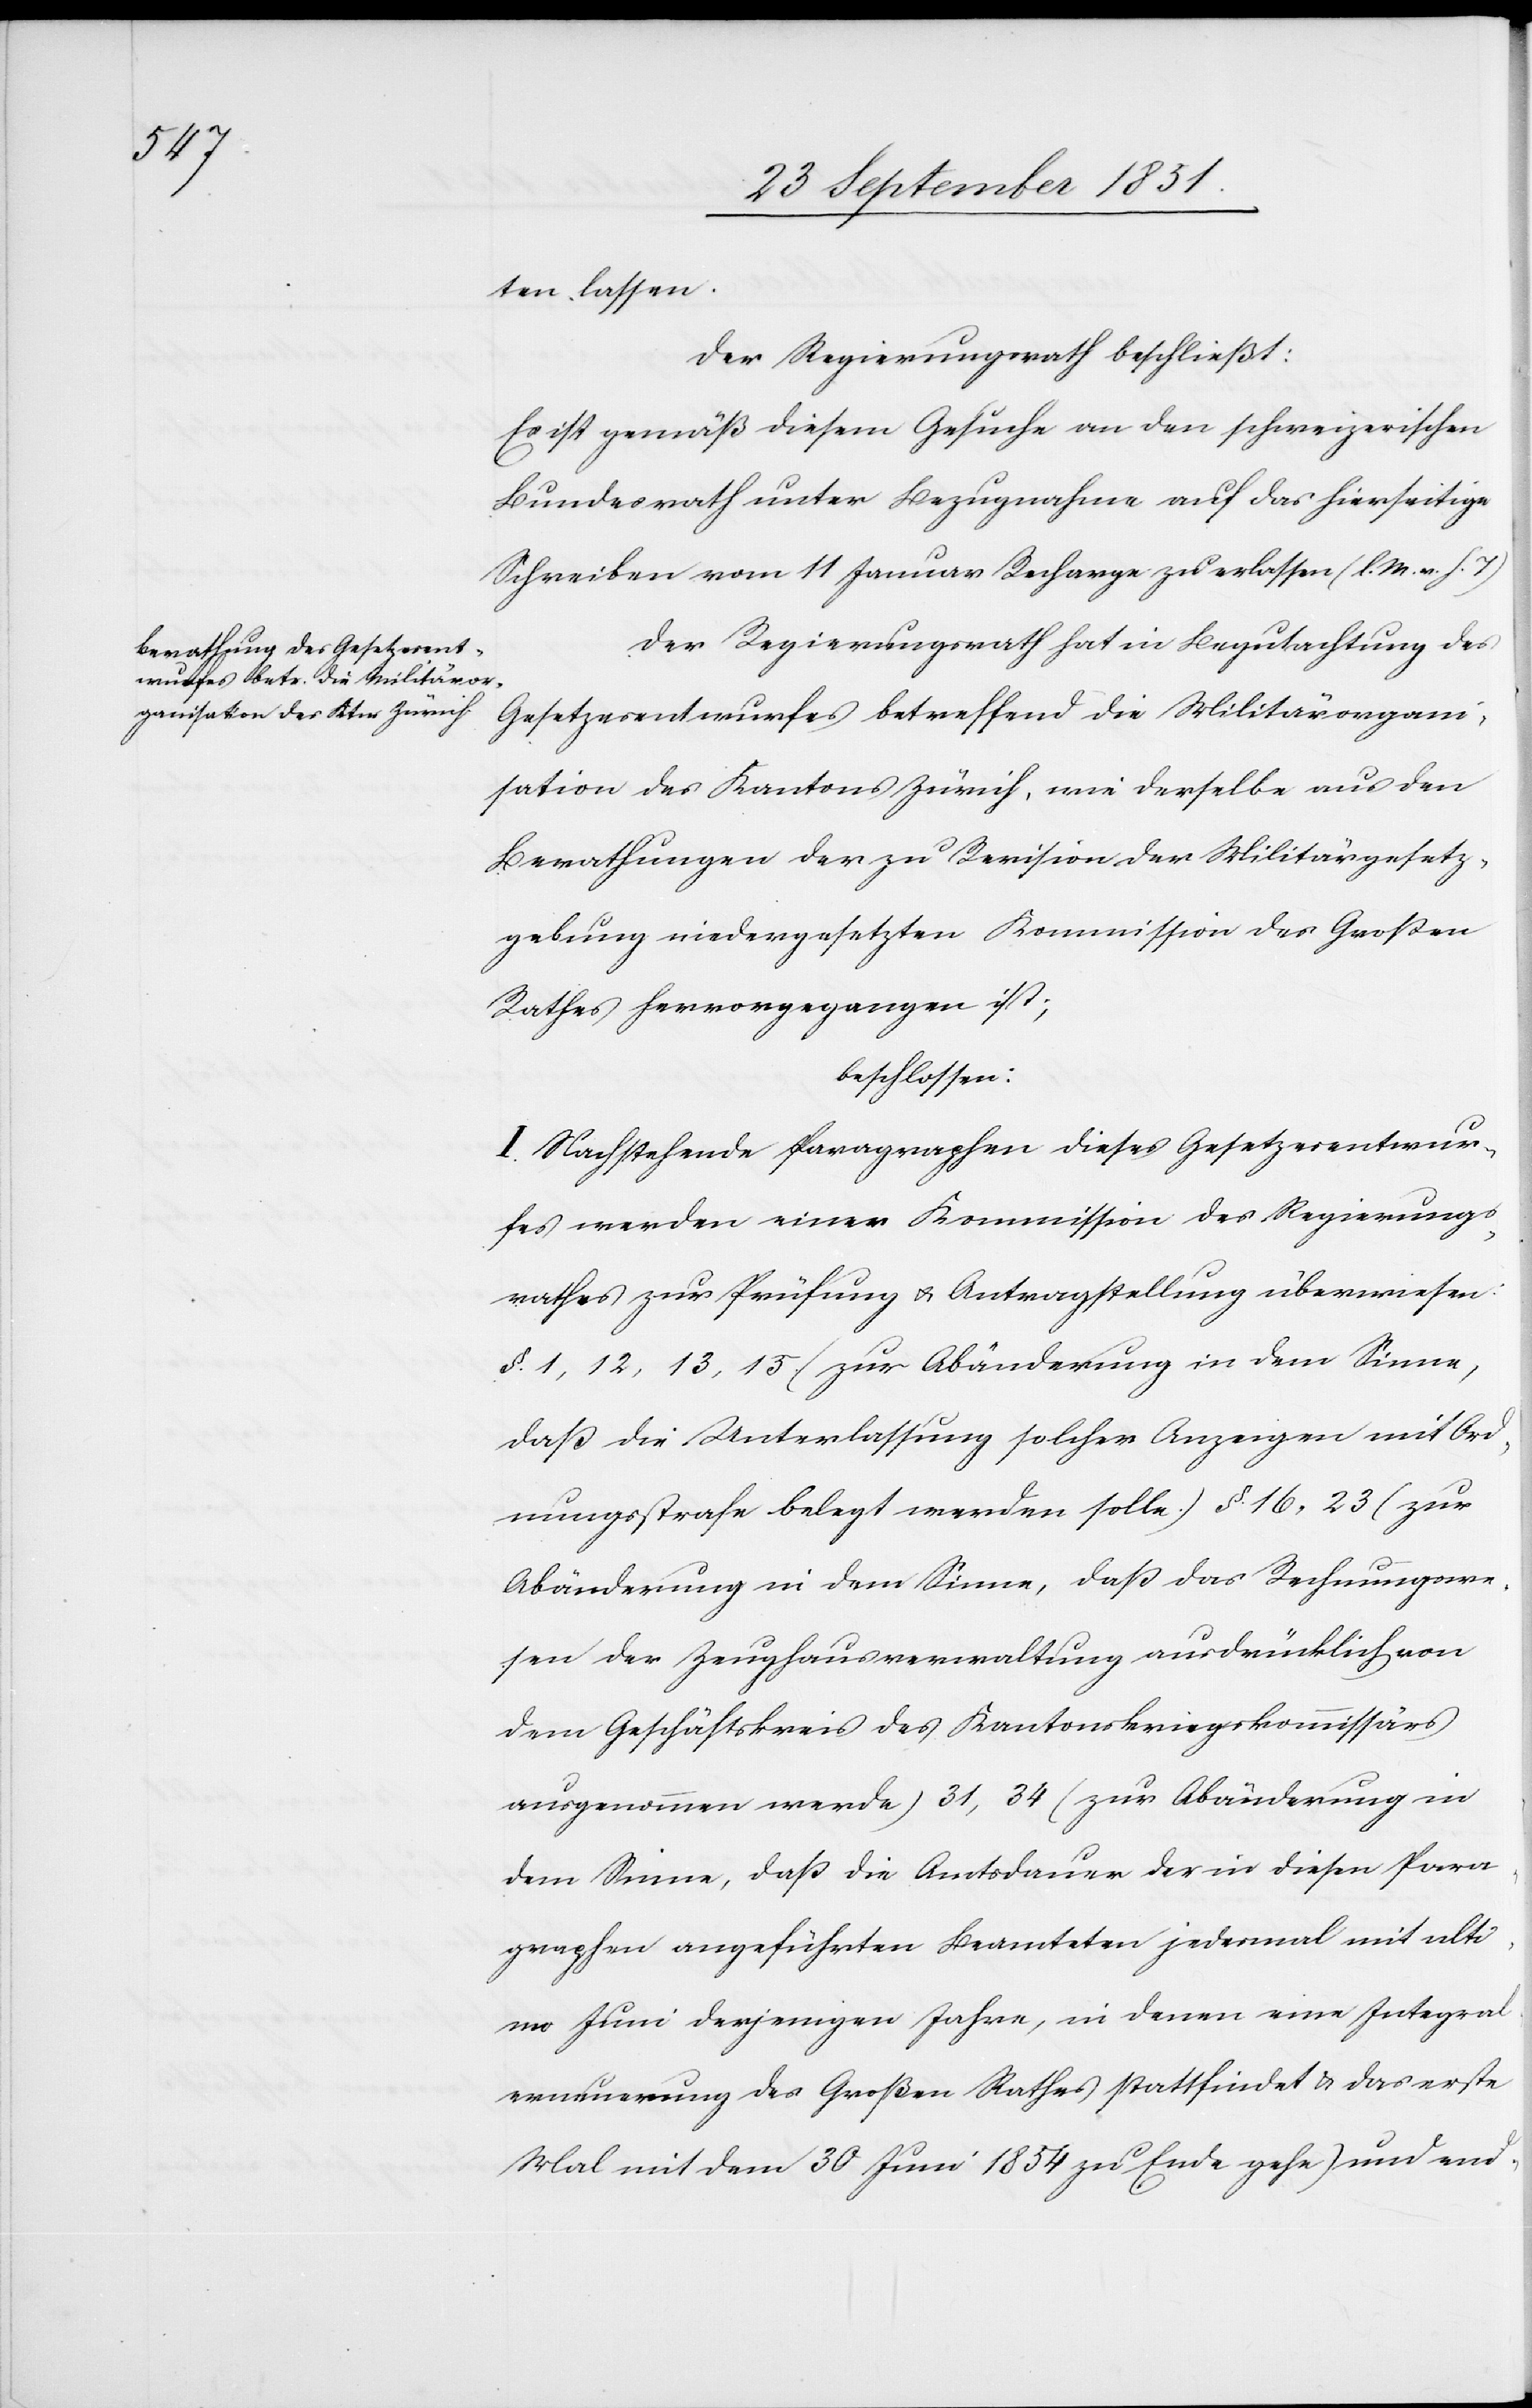
ten lassen.
Der Regierungsrath beschließt:
Es ist gemäß diesem Gesuche an den schweizerischen
Bundesrath unter Bezugnahme auf das hierseitige
Schreiben vom 11 Januar Recharge zu erlassen (l. M. v. h. T)
Der Regierungsrath hat in Begutachtung des
Gesetzesentwurfes betreffend die Militärorgan¬
isation des Kantons Zürich, wie derselbe aus den
Berathungen der zu Revision der Militärgesetz¬
gebung niedergesetzten Kommission des Großen
Rathes hervorgegangen ist;
beschlossen:
I. Nachstehende Paragraphen dieses Gesetzesentwur¬
fes werden einer Kommission des Regierungs¬
rathes zur Prüfung & Antragstellung überwiesen:
§. 1, 12, 13, 15. (zur Abänderung in dem Sinne,
daß die Unterlassung solcher Anzeigen mit Ord¬
nungsstrafe belegt werden solle.) §. 16, 23 (zur
Abänderung in dem Sinne, daß das Rechnungswe¬
sen der Zeughausverwaltung ausdrücklich von
dem Geschäftskreis des Kantonskriegskommissärs
ausgenommen werde) 31, 34 (zur Abänderung in
dem Sinne, daß die Amtsdauer der in diesen Para¬
graphen angeführten Beamteten jedesmal mit ulti¬
mo Juni derjenigen Jahre, in denen eine Integral¬
erneuerung des Großen Rathes stattfindet & das erste
Mal mit dem 30 Juni 1854 zu Ende gehe) und end-